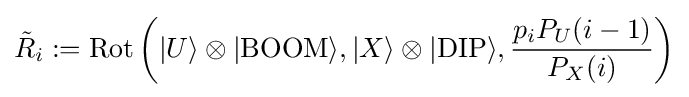
{\tilde {R}}_{i}:={\text{Rot}}\left(|U\rangle \otimes |{\text{BOOM}}\rangle ,|X\rangle \otimes |{\text{DIP}}\rangle ,{\frac {p_{i}P_{U}(i-1)}{P_{X}(i)}}\right)